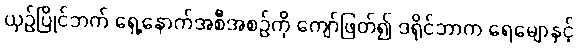
ယှဉ်ပြိုင်ဘက် ရှေ့နောက်အစီအစဉ်ကို ကျော်ဖြတ်၍ ဒရိုင်ဘာက ရေမျောနှင့်